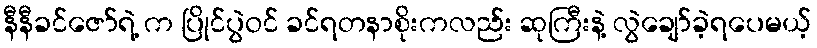
နီနီခင်ဇော်ရဲ့ က ပြိုင်ပွဲဝင် ခင်ရတနာစိုးကလည်း ဆုကြီးနဲ့ လွဲချော်ခဲ့ရပေမယ့်